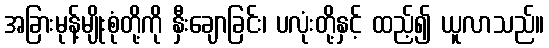
အခြားမုန့်မျိုးစုံတို့ကို နှီးချောခြင်း၊ ပလုံးတို့နှင့် ထည့်၍ ယူလာသည်။